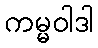
ကမ္မဝါဒါ